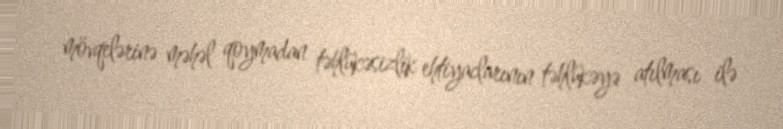
mövqelərinə məhəl qoymadan təhlükəsizlik ehtiyaclarının təhlükəyə atılması ilə